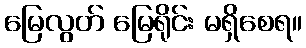
မြေလွတ် မြေရိုင်း မရှိစေရ။